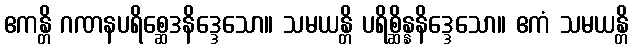
ဧကန္တိ ဂဏနပရိစ္ဆေဒနိဒ္ဒေသော။ သမယန္တိ ပရိစ္ဆိန္နနိဒ္ဒေသော။ ဧကံ သမယန္တိ